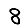
Digit: 8